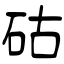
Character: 𥑮